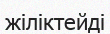
жіліктейді